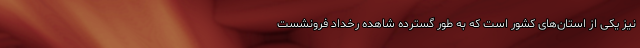
نیز یکی از استان‌های کشور است که به طور گسترده شاهده رخداد فرونشست